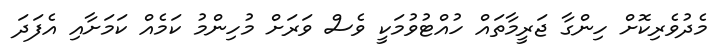
މެދުވެރިކޮށް ހިންގާ ޖަރީމާތައް ހުއްޓުވުމަކީ ވެސް ވަރަށް މުހިންމު ކަމެއް ކަމަށާއި އެފަދަ